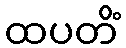
ထပတိံ